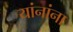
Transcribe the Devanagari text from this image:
यांनांना